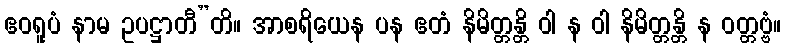
ဧဝရူပံ နာမ ဥပဋ္ဌာတီ”တိ။ အာစရိယေန ပန ဧတံ နိမိတ္တန္တိ ဝါ န ဝါ နိမိတ္တန္တိ န ဝတ္တဗ္ဗံ။